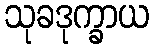
သုခဒုက္ခာယ